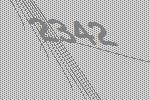
2342